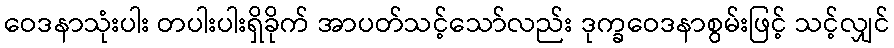
ဝေဒနာသုံးပါး တပါးပါးရှိခိုက် အာပတ်သင့်သော်လည်း ဒုက္ခဝေဒနာစွမ်းဖြင့် သင့်လျှင်